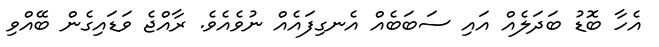
އެހާ ބޮޑު ބަދަލެއް އައި ސަބަބެއް އެނގިފައެއް ނުވެއެވެ. ރާއްޖެ ވަޑައިގެން ބޭއްވި